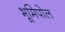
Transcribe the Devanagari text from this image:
भूमिपोल